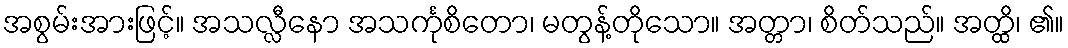
အစွမ်းအားဖြင့်။ အသလ္လီနော အသင်္ကုစိတော၊ မတွန့်တိုသော။ အတ္တာ၊ စိတ်သည်။ အတ္ထိ၊ ၏။